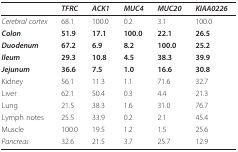
<table><thead><tr><td></td><td><b><i>TFRC</i></b></td><td><b><i>ACK1</i></b></td><td><b><i>MUC4</i></b></td><td><b><i>MUC20</i></b></td><td><b><i>KIAA0226</i></b></td></tr></thead><tbody><tr><td><i>Cerebral cortex</i></td><td>68.1</td><td>100.0</td><td>0.2</td><td>3.1</td><td>100.0</td></tr><tr><td><i><b>Colon</b></i></td><td><b>51.9</b></td><td><b>17.1</b></td><td><b>100.0</b></td><td><b>22.1</b></td><td><b>26.5</b></td></tr><tr><td><i><b>Duodenum</b></i></td><td><b>67.2</b></td><td><b>6.9</b></td><td><b>8.2</b></td><td><b>100.0</b></td><td><b>25.2</b></td></tr><tr><td><i><b>Ileum</b></i></td><td><b>29.3</b></td><td><b>10.8</b></td><td><b>4.5</b></td><td><b>38.3</b></td><td><b>39.9</b></td></tr><tr><td><i><b>Jejunum</b></i></td><td><b>36.6</b></td><td><b>7.5</b></td><td><b>1.0</b></td><td><b>16.6</b></td><td><b>30.8</b></td></tr><tr><td>Kidney</td><td>56.1</td><td>11.3</td><td>1.1</td><td>71.6</td><td>32.7</td></tr><tr><td>Liver</td><td>62.1</td><td>50.4</td><td>0.3</td><td>4.4</td><td>21.3</td></tr><tr><td>Lung</td><td>21.5</td><td>38.3</td><td>1.6</td><td>31.0</td><td>76.7</td></tr><tr><td>Lymph notes</td><td>25.5</td><td>33.9</td><td>0.2</td><td>2.1</td><td>45.4</td></tr><tr><td>Muscle</td><td>100.0</td><td>19.5</td><td>1.2</td><td>1.5</td><td>25.6</td></tr><tr><td><i>Pancreas</i></td><td>32.6</td><td>21.5</td><td>3.7</td><td>25.7</td><td>12.9</td></tr></tbody></table>